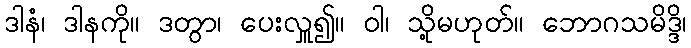
ဒါနံ၊ ဒါနကို။ ဒတွာ၊ ပေးလှူ၍။ ဝါ၊ သို့မဟုတ်။ ဘောဂသမိဒ္ဒိ၊